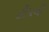
ટીપની